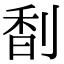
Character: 𠝲